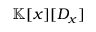
\mathbb { K } [ x ] [ D _ { x } ]